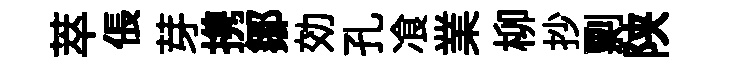
萃倀芽携鄒効孔飡業柳抄剽陕